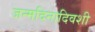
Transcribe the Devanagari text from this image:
जन्मदिनादिवशी